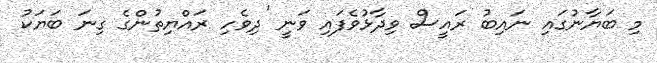
މި ބަޔާނުގައި ނައިބު ރައީސް ވިދާޅުވެފައި ވަނީ 'ދިވެހި ރައްޔިތުންގެ ގިނަ ބަޔަކު